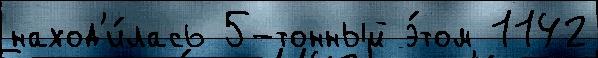
наход'и́лась 5-тонный э́том 1142